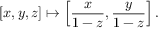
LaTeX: [ x , y , z ] \mapsto \left[ { \frac { x } { 1 - z } } , { \frac { y } { 1 - z } } \right] .